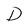
Character: D